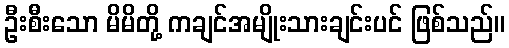
ဦးစီးသော မိမိတို့ ကချင်အမျိုးသားချင်းပင် ဖြစ်သည်။